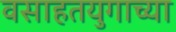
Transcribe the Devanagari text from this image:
वसाहतयुगाच्या